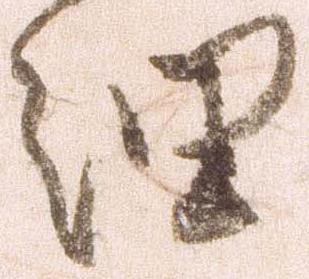
細